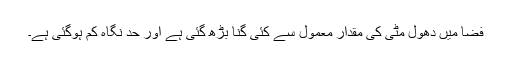
فضا میں دھول مٹی کی مقدار معمول سے کئی گنا بڑھ گئی ہے اور حد نگاہ کم ہوگئی ہے۔